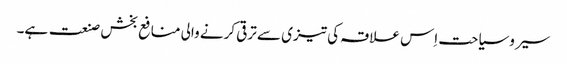
سیر وسیاحت اِس علاقہ کی تیزی سے ترقی کرنے والی منافع بخش صنعت ہے۔